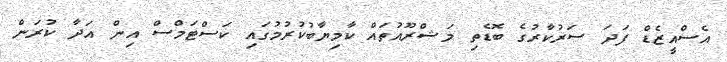
އެސްއީޒެޑް ފަދަ ސަރުކާރުގެ ބޮޑެތި މަޝްރޫއުތައް ކާމިޔާބުކުރުމުގައި ކަސްޓަމްސް އިން އަދާ ކުރަން